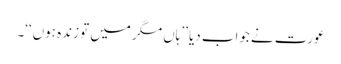
عورت نے جواب دیا ’’ہاں مگر میں تو زندہ ہوں‘‘۔